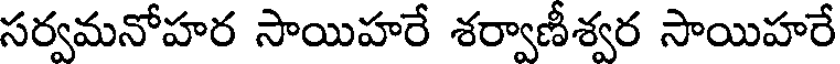
సర్వమనోహర సాయిహరే శర్వాణీశ్వర సాయిహరే